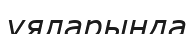
ұяларында